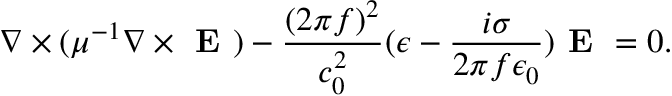
\nabla \times ( \mu ^ { - 1 } \nabla \times \textbf { E } ) - \frac { ( 2 \pi f ) ^ { 2 } } { c _ { 0 } ^ { 2 } } ( \epsilon - \frac { i \sigma } { 2 \pi f \epsilon _ { 0 } } ) \textbf { E } = 0 .